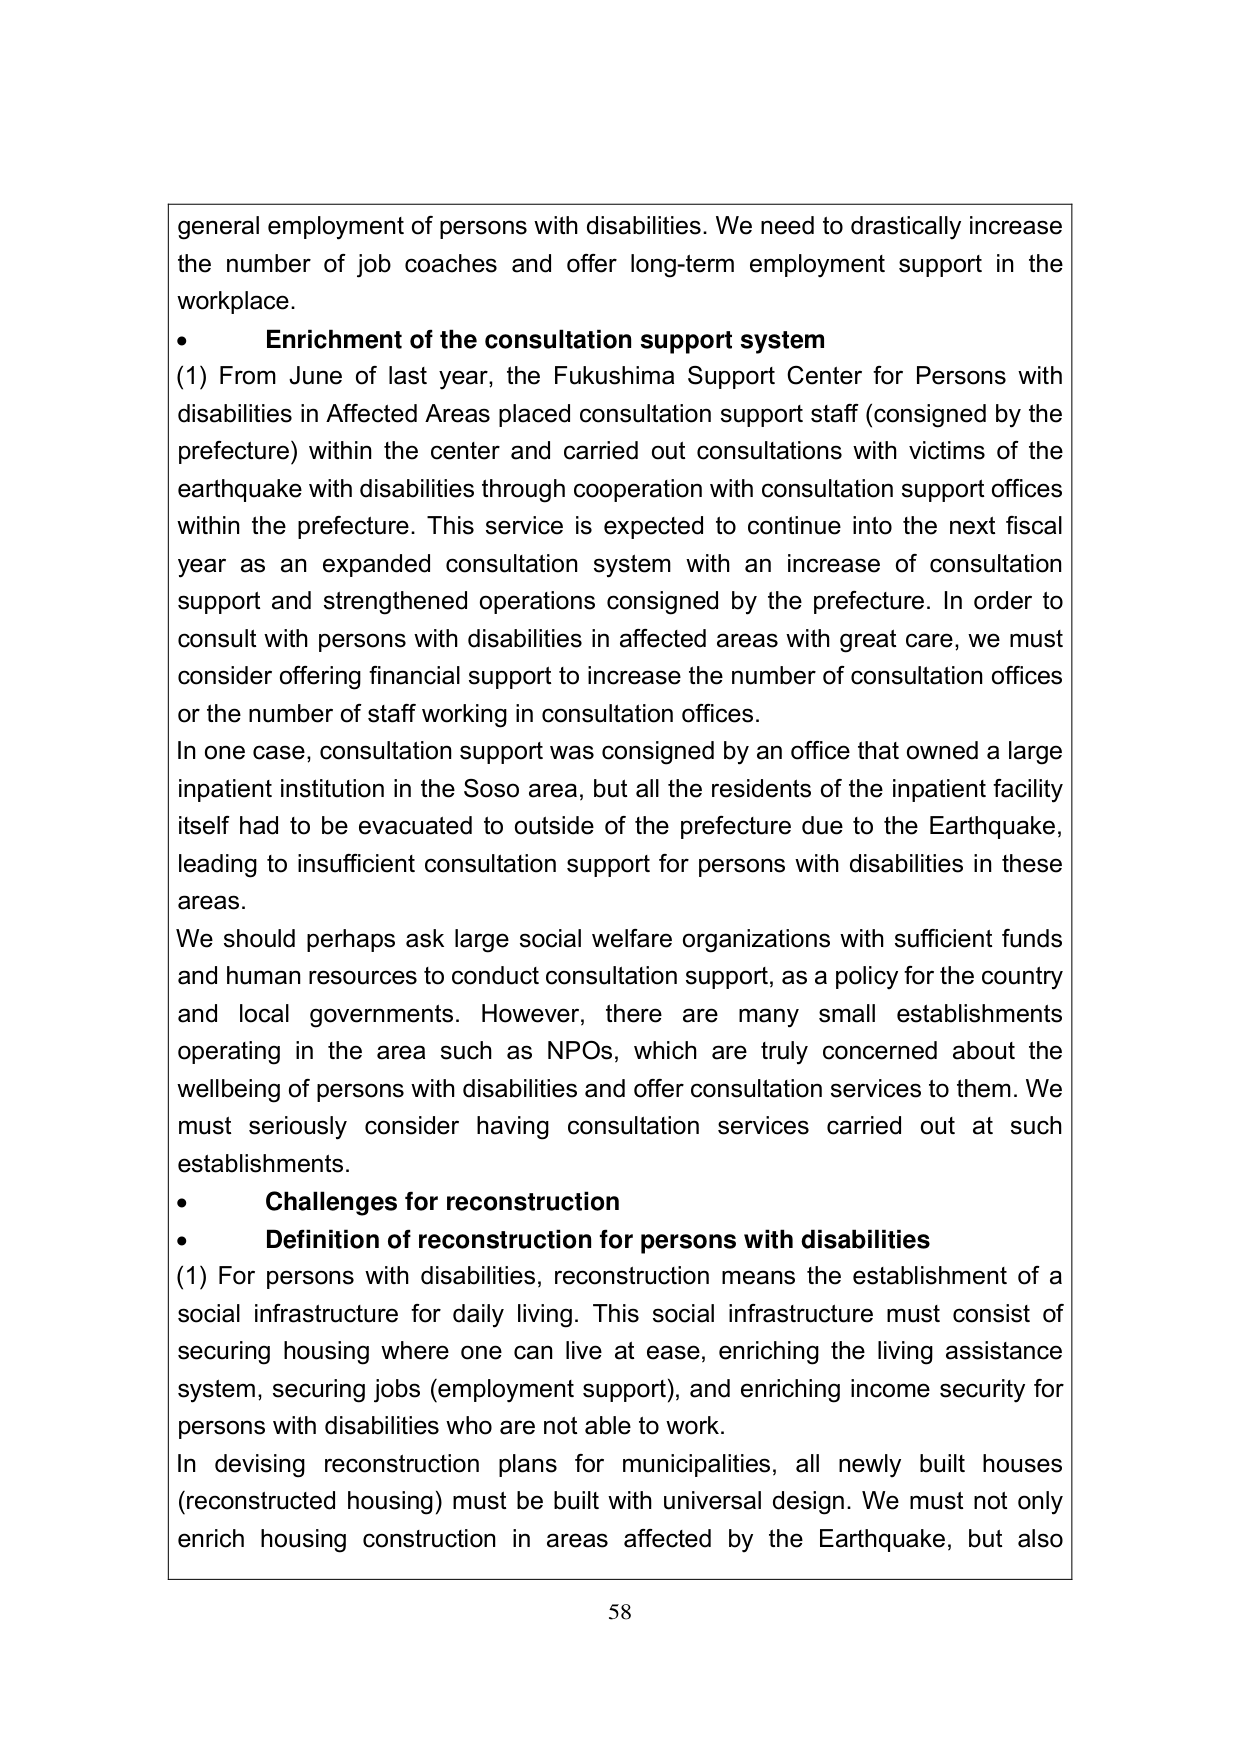
general employment of persons with disabilities. We need to drastically increase the number of job coaches and offer long-term employment support in the workplace.

• Enrichment of the consultation support system

(1) From June of last year, the Fukushima Support Center for Persons with disabilities in Affected Areas placed consultation support staff (consigned by the prefecture) within the center and carried out consultations with victims of the earthquake with disabilities through cooperation with consultation support offices within the prefecture. This service is expected to continue into the next fiscal year as an expanded consultation system with an increase of consultation support and strengthened operations consigned by the prefecture. In order to consult with persons with disabilities in affected areas with great care, we must consider offering financial support to increase the number of consultation offices or the number of staff working in consultation offices.

In one case, consultation support was consigned by an office that owned a large inpatient institution in the Soso area, but all the residents of the inpatient facility itself had to be evacuated to outside of the prefecture due to the Earthquake, leading to insufficient consultation support for persons with disabilities in these areas.

We should perhaps ask large social welfare organizations with sufficient funds and human resources to conduct consultation support, as a policy for the country and local governments. However, there are many small establishments operating in the area such as NPOs, which are truly concerned about the wellbeing of persons with disabilities and offer consultation services to them. We must seriously consider having consultation services carried out at such establishments.

• Challenges for reconstruction

• Definition of reconstruction for persons with disabilities

(1) For persons with disabilities, reconstruction means the establishment of a social infrastructure for daily living. This social infrastructure must consist of securing housing where one can live at ease, enriching the living assistance system, securing jobs (employment support), and enriching income security for persons with disabilities who are not able to work.

In devising reconstruction plans for municipalities, all newly built houses (reconstructed housing) must be built with universal design. We must not only enrich housing construction in areas affected by the Earthquake, but also

58